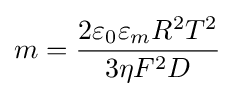
m={\frac {2\varepsilon _{0}\varepsilon _{m}R^{2}T^{2}}{3\eta F^{2}D}}